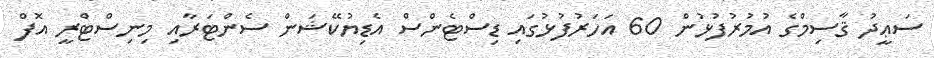
ސަޢީދު ޤާސިމްގެ އުމުރުފުޅުން 60 އަހަރުފުޅުގައި ޑިސްޓެންސް އެޑިޔުކޭޝަން ސެންޓަރާއި މިނިސްޓްރީ އޮފް